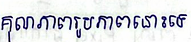
គុណភាពរូបភាពនោះទេ